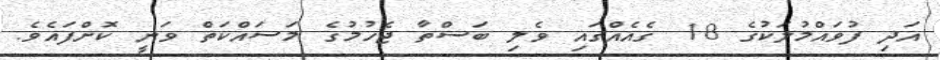
އަދި ފުވައްމުލަކުގެ 18 ގެއެއްގައި ވެލި ބަސްތާ ޖެހުމުގެ މަސައްކަތް ވަނީ ކޮށްފައެވެ.